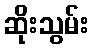
ဆိုးသွမ်း